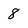
Character: 8